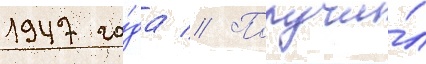
1947 го́да // Получи́л